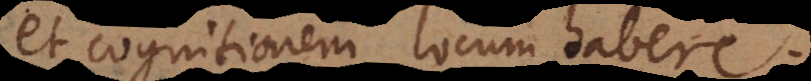
et cognitionem locum habere.